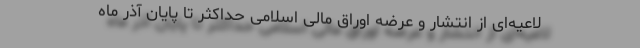
لاعیه‌ای از انتشار و عرضه اوراق مالی اسلامی حداکثر تا پایان آذر ماه